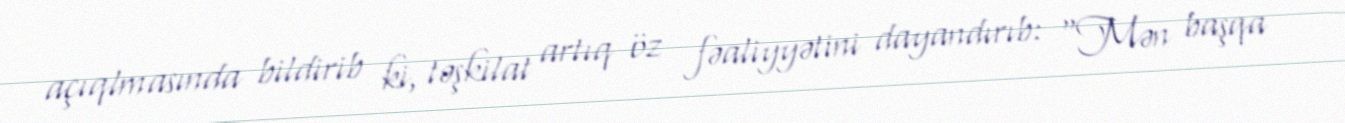
açıqlmasında bildirib ki, təşkilat artıq öz fəaliyyətini dayandırıb: “Mən başqa